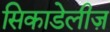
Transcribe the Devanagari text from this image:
सिकाडेलीज़